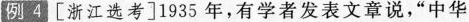
例4 [浙江选考] 1935年，有学者发表文章说，”中华